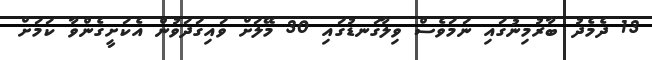
13 ދެމެދު ބާރުމިނުގައި ނަމަވެސް ވިލާގަނޑުގައި 30 މޭލަށް ވައިގަދަވުން އެކަށީގެންވާ ކަމަށް